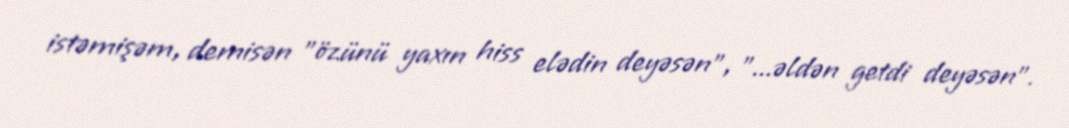
istəmişəm, demisən "özünü yaxın hiss elədin deyəsən”, "...əldən getdi deyəsən”.